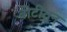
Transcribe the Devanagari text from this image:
बोटींतून